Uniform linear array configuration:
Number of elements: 32
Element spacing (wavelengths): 0.75
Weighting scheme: hamming
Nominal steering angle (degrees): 45
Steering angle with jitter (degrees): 46.755
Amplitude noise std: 0.05
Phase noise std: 0.05

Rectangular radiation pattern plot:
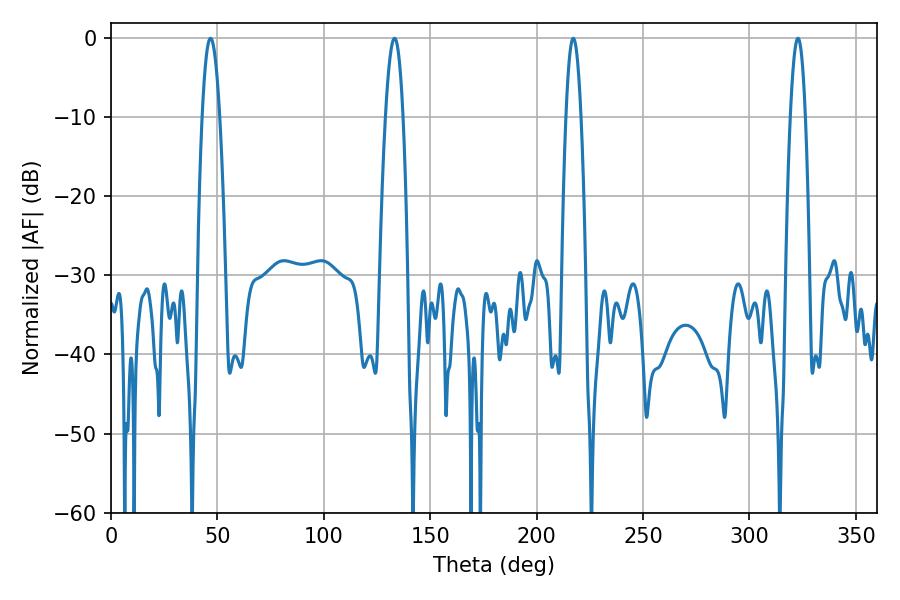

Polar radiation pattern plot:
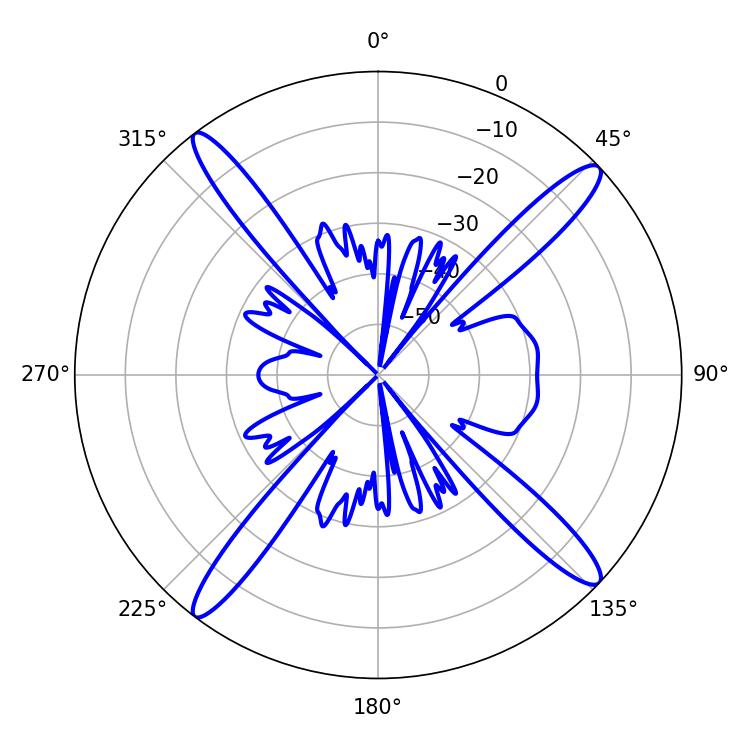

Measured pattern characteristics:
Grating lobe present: TRUE
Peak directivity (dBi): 17.359
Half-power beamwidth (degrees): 4.5
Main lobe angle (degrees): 46.8